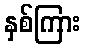
နှစ်ကြား